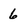
Character: 6